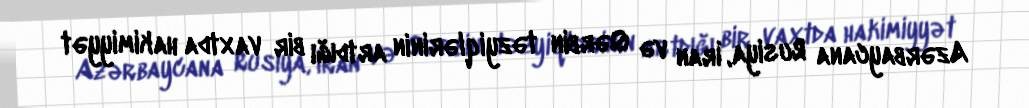
Azərbaycana Rusiya, İran və Qərbin təzyiqlərinin artdığı bir vaxtda hakimiyyət